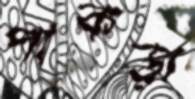
পাকড়া